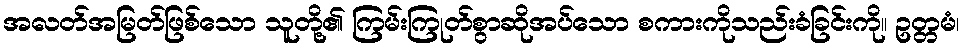
အလတ်အမြတ်ဖြစ်သော သူတို့၏ ကြမ်းကြုတ်စွာဆိုအပ်သော စကားကိုသည်းခံခြင်းကို။ ဥတ္တမံ၊